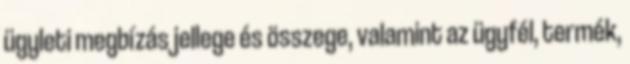
ügyleti megbízás jellege és összege, valamint az ügyfél, termék,